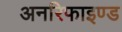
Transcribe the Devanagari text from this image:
अनरिफाइण्ड